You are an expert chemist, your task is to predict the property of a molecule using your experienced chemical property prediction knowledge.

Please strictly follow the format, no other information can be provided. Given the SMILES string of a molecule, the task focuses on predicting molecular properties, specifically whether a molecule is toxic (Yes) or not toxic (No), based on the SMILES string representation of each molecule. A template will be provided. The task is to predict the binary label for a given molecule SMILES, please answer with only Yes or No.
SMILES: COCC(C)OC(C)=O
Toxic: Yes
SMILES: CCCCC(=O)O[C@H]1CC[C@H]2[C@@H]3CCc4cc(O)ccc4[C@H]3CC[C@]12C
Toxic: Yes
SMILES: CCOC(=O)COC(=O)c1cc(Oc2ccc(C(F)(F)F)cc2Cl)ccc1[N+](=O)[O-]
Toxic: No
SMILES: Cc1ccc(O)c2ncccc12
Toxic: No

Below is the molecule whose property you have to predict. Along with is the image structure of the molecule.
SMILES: COc1ccc(-c2cc(=O)c3c(O)cc(O[C@@H]4O[C@H](CO[C@@H]5O[C@@H](C)[C@H](O)[C@@H](O)[C@H]5O)[C@@H](O)[C@H](O)[C@H]4O)cc3o2)cc1O
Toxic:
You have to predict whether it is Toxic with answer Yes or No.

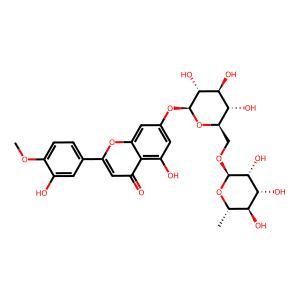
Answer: No